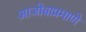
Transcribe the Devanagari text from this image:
आजोबाप्रमाणे